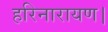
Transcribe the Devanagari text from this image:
हरिनारायण।